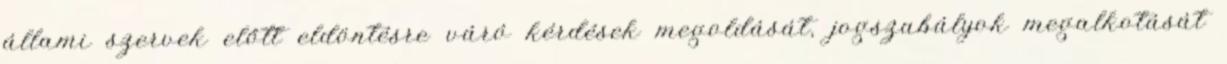
állami szervek előtt eldöntésre váró kérdések megoldását, jogszabályok megalkotását